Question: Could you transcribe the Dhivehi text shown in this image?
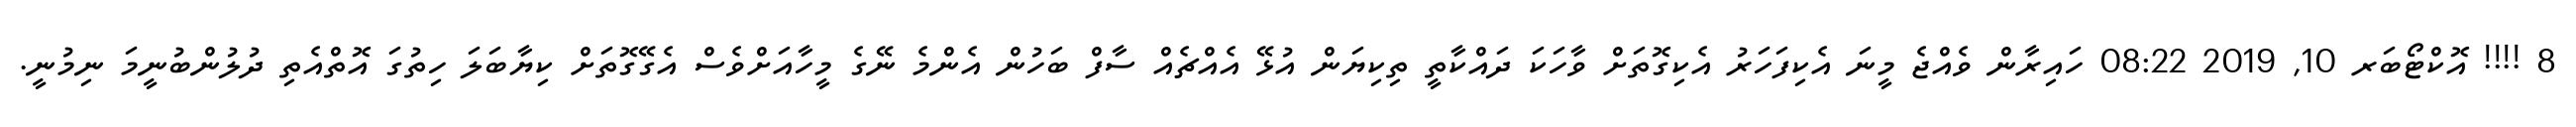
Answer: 8 !!!! އޮކްޓޯބަރ 10, 2019 08:22 ހައިރާން ވެއްޖެ މީނަ އެކިފަހަރު އެކިގޮތަށް ވާހަކަ ދައްކާތީ ތިކިޔަން އުޅޭ އެއްޗެއް ސާފް ބަހުން އެންމެ ނޭގެ މީހާއަށްވެސް އެގޭގޮތަށް ކިޔާބަލަ ހިތުގަ އޮތްއެތި ދުލުންބުނީމަ ނިމުނީ.